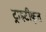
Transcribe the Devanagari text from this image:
ट्राइटीकृत